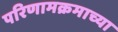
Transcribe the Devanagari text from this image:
परिणामक्रमाच्या